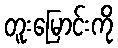
တူးမြောင်းကို